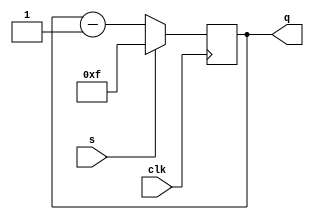
module counter_4b(clk,s,q);
input clk,s;
output [3:0] q;
reg    [3:0] temp;

always @(posedge clk)
    begin
        if(s)
            temp <= 4'b1111;
        else 
            temp <= temp - 1'b1;    
    end
        assign q = temp;
endmodule